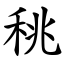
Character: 䄻